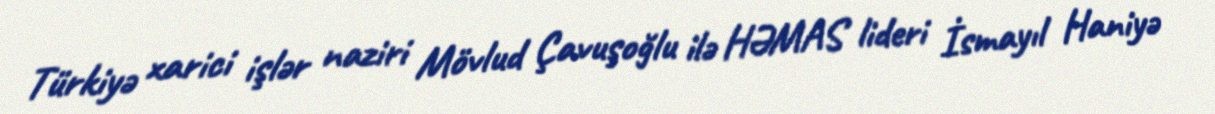
Türkiyə xarici işlər naziri Mövlud Çavuşoğlu ilə HƏMAS lideri İsmayıl Haniyə